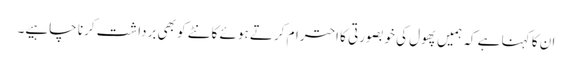
ان کا کہنا ہے کہ ہمیں پھول کی خوبصورتی کا احترام کرتے ہوئے کانٹے کو بھی برداشت کرنا چاہیے۔